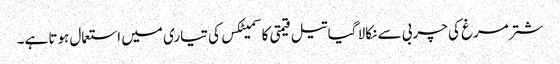
شتر مرغ کی چربی سے نکالا گیا تیل قیمتی کاسمیٹکس کی تیاری میں استعمال ہوتا ہے۔